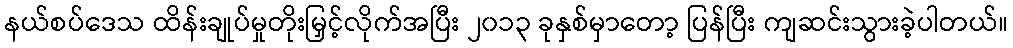
နယ်စပ်ဒေသ ထိန်းချုပ်မှုတိုးမြှင့်လိုက်အပြီး ၂၀၁၃ ခုနှစ်မှာတော့ ပြန်ပြီး ကျဆင်းသွားခဲ့ပါတယ်။